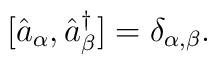
\bigl[\hat{a}_{\alpha}, \hat{a}_{\beta}^{\dagger}\bigr] = \delta_{\alpha, \beta}.